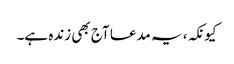
کیونکہ، یہ مدعا آج بھی زندہ ہے۔